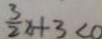
\frac { 3 } { 2 } x + 3 < 0